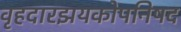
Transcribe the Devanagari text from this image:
वृहदारझयकोपनिषद